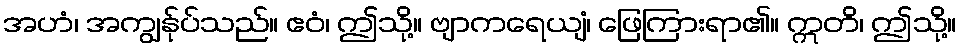
အဟံ၊ အကျွန်ုပ်သည်။ ဧဝံ၊ ဤသို့။ ဗျာကရေယျံ၊ ဖြေကြားရာ၏။ ဣတိ၊ ဤသို့။